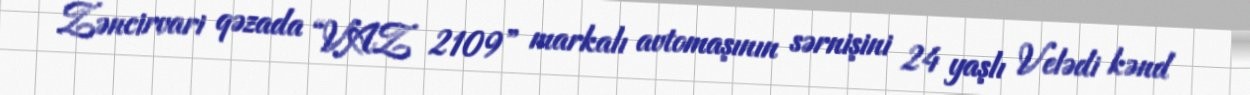
Zəncirvari qəzada “VAZ 2109” markalı avtomaşının sərnişini 24 yaşlı Velədi kənd